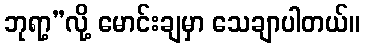
ဘုရာ့”လို့ မောင်းချမှာ သေချာပါတယ်။